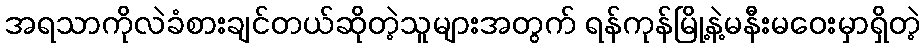
အရသာကိုလဲခံစားချင်တယ်ဆိုတဲ့သူများအတွက် ရန်ကုန်မြို့နဲ့မနီးမဝေးမှာရှိတဲ့